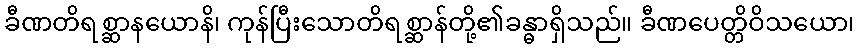
ခီဏတိရစ္ဆာနယောနိ၊ ကုန်ပြီးသောတိရစ္ဆာန်တို့၏ခန္ဓာရှိသည်။ ခီဏပေတ္တိဝိသယော၊